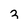
Character: 3